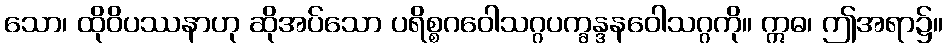
သော၊ ထိုဝိပဿနာဟု ဆိုအပ်သော ပရိစ္စဂဝေါသဂ္ဂပက္ခန္ဒနဝေါသဂ္ဂကို။ ဣဓ၊ ဤအရာ၌။